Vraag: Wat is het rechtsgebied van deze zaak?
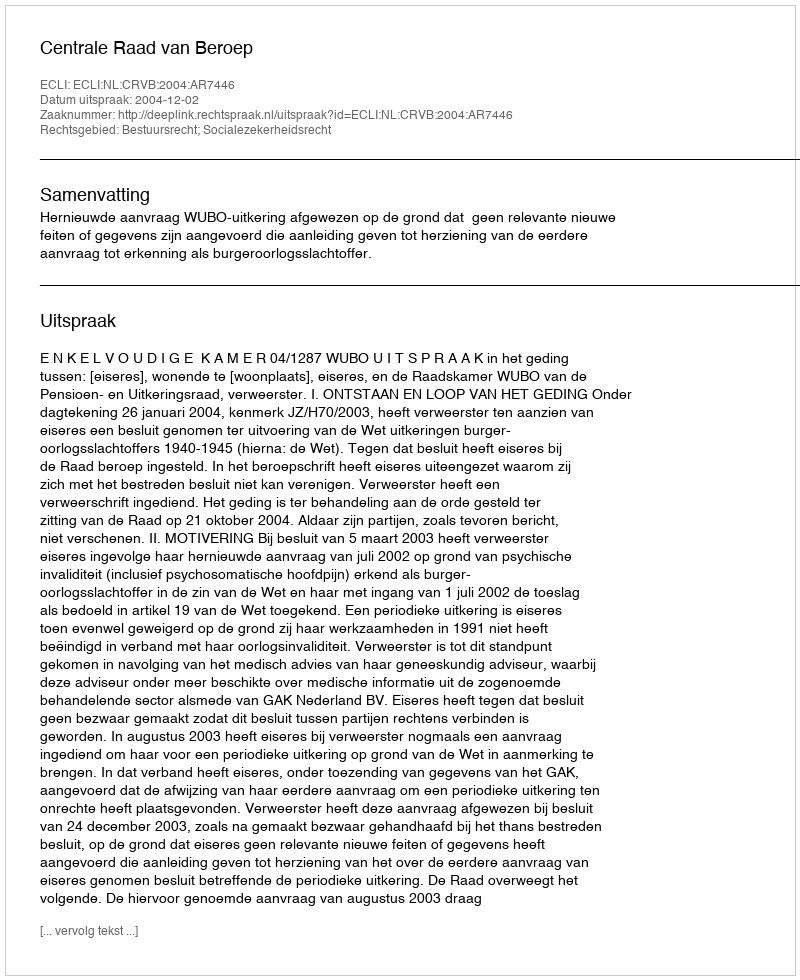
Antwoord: Bestuursrecht; Socialezekerheidsrecht